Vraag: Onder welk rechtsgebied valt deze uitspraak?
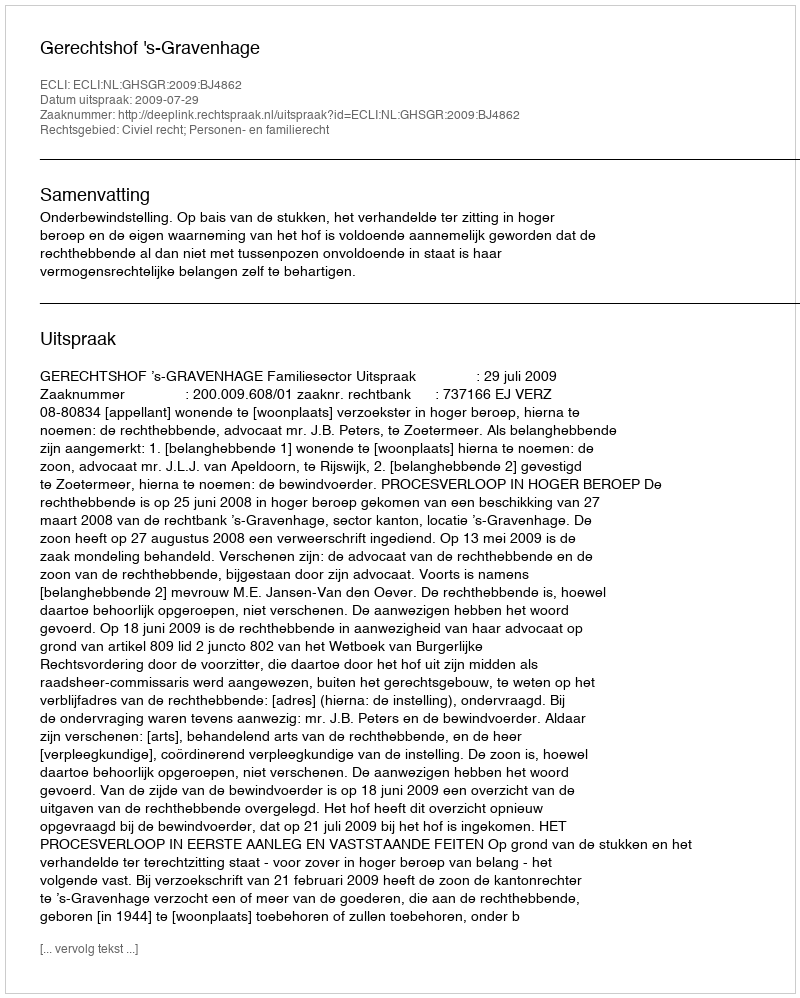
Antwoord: Civiel recht; Personen- en familierecht